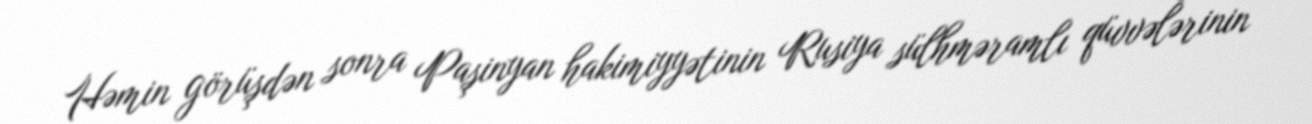
Həmin görüşdən sonra Paşinyan hakimiyyətinin Rusiya sülhməramlı qüvvələrinin